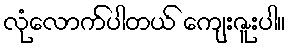
လုံလောက်ပါတယ် ကျေးဇူးပါ။